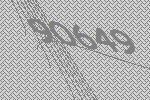
90649